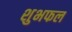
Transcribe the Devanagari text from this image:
शुभफल